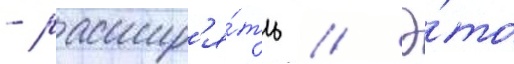
- расшир'я́ть // Э́то